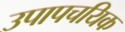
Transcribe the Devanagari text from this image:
उपापचयिक